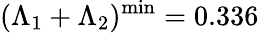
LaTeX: (\Lambda_{1}+\Lambda_{2})^{\mathrm{min}}=0.336